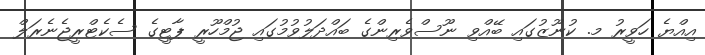
އިއްޔެ ހަވީރު މ. ކުނޫޒުގައި ބޭއްވި ނޫސްވެރިންގެ ބައްދަލުވުމުގައި ޖުމްހޫރީ ޕާޓީގެ ސެކެޓްރީޖެނެރަލް